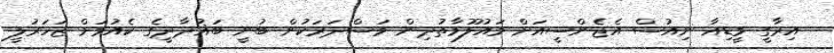
އިރާގީ މީޑިއާ ނިއުސް އެޖެންސީއަށް މައުލޫމާތުދިން މަސްދަރަކުން ބުނީ ބަޣުދާދީގެ ކެއުމަށް ޒަހަރުލީ